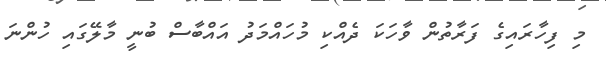
މި ފިހާރައިގެ ފަރާތުން ވާހަކަ ދެއްކި މުހައްމަދު އައްބާސް ބުނީ މާލޭގައި ހުންނަ